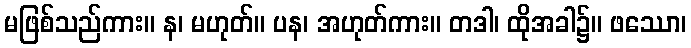
မဖြစ်သည်ကား။ န၊ မဟုတ်။ ပန၊ အဟုတ်ကား။ တဒါ၊ ထိုအခါ၌။ ဖဿော၊